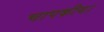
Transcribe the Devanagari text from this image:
चापकीय।